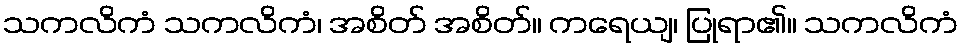
သကလိကံ သကလိကံ၊ အစိတ် အစိတ်။ ကရေယျ၊ ပြုရာ၏။ သကလိကံ